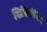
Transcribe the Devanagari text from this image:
सिरिसंपिगे